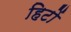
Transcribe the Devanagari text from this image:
हिटों